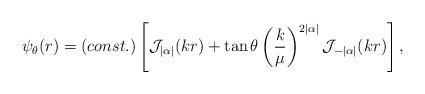
LaTeX: \begin{align*}\psi_{\theta}(r)=(const.)\left[{{\cal J}_{|\alpha|}(kr)+\tan\theta\left(\frac{k}{\mu}\right)^{2|\alpha|}{\cal J}_{-|\alpha|}(kr)}\right],\end{align*}